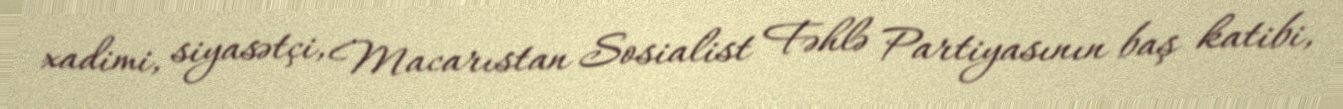
xadimi, siyasətçi, Macarıstan Sosialist Fəhlə Partiyasının baş katibi,